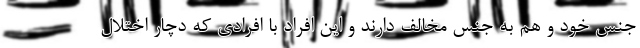
جنس خود و هم به جنس مخالف دارند و این افراد با افرادی که دچار اختلال